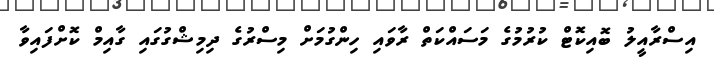
އިސްރާއީލު ބޮއިކޮޓް ކުރުމުގެ މަސައްކަތް ރާވައި ހިންގުމަށް މިސްރުގެ ދިމިޝްގުގައި ގާއިމް ކޮށްފައިވާ